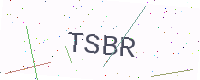
Text: TSBR